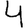
Digit: 4